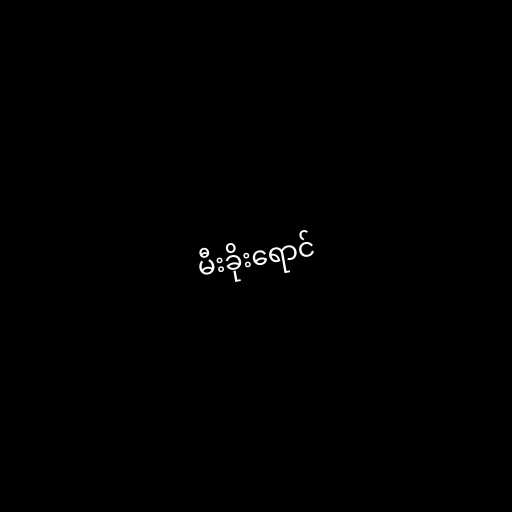
မီးခိုးရောင်